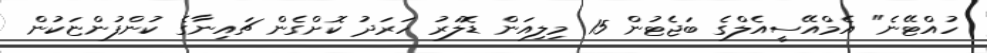
ހުއްޓޭނެ" އެމްއޭސީއެލްގެ ބަޖެޓުން 15 މިލިއަން ޑޮލަރު ހަރަދު ކޮށްގެން ޗައިނާގެ ކުންފުންޏަކުން